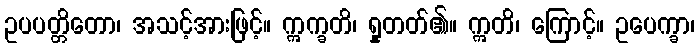
ဥပပတ္တိတော၊ အသင့်အားဖြင့်။ ဣက္ခတိ၊ ရှုတတ်၏။ ဣတိ၊ ကြောင့်။ ဥပေက္ခာ၊